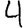
Digit: 4